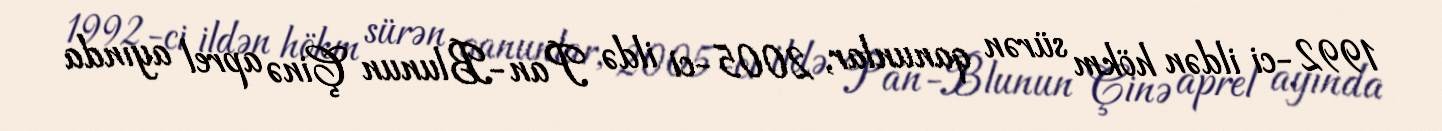
1992-ci ildən hökm sürən qanunlar, 2005-ci ildə Pan-Blunun Çinə aprel ayında